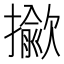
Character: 𢶖